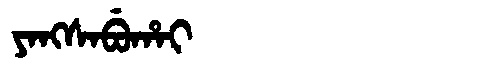
Manchu: ᠶᠠᠩᠰᠠᠪᡠᡥᠠᡳ
Romanization: YANGSABUHAI